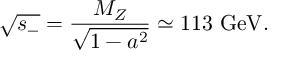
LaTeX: \sqrt { s _ { - } } = \frac { M _ { Z } } { \sqrt { 1 - a ^ { 2 } } } \simeq 1 1 3 ~ \mathrm { G e V } .